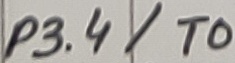
Text: P3.4/T0